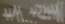
Text: +1... +24V